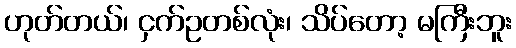
ဟုတ်တယ်၊ ငှက်ဥတစ်လုံး၊ သိပ်တော့ မကြီးဘူး